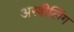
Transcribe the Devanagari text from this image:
अस्त्रीलिंग